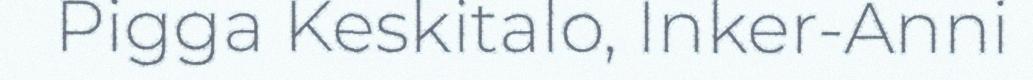
Pigga Keskitalo, Inker-Anni